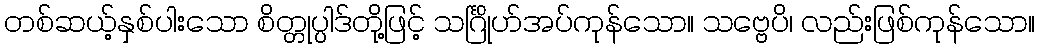
တစ်ဆယ့်နှစ်ပါးသော စိတ္တုပ္ပါဒ်တို့ဖြင့် သင်္ဂြိုဟ်အပ်ကုန်သော။ သဗ္ဗေပိ၊ လည်းဖြစ်ကုန်သော။